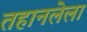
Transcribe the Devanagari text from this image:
तहानलेला